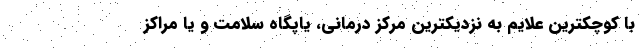
با کوچکترین علایم به نزدیکترین مرکز درمانی، یاپگاه سلامت و یا مراکز